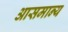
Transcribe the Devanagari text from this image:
आसमान्य